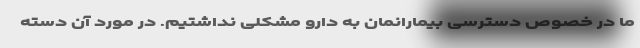
ما در خصوص دسترسی بیمارانمان به دارو مشکلی نداشتیم. در مورد آن دسته